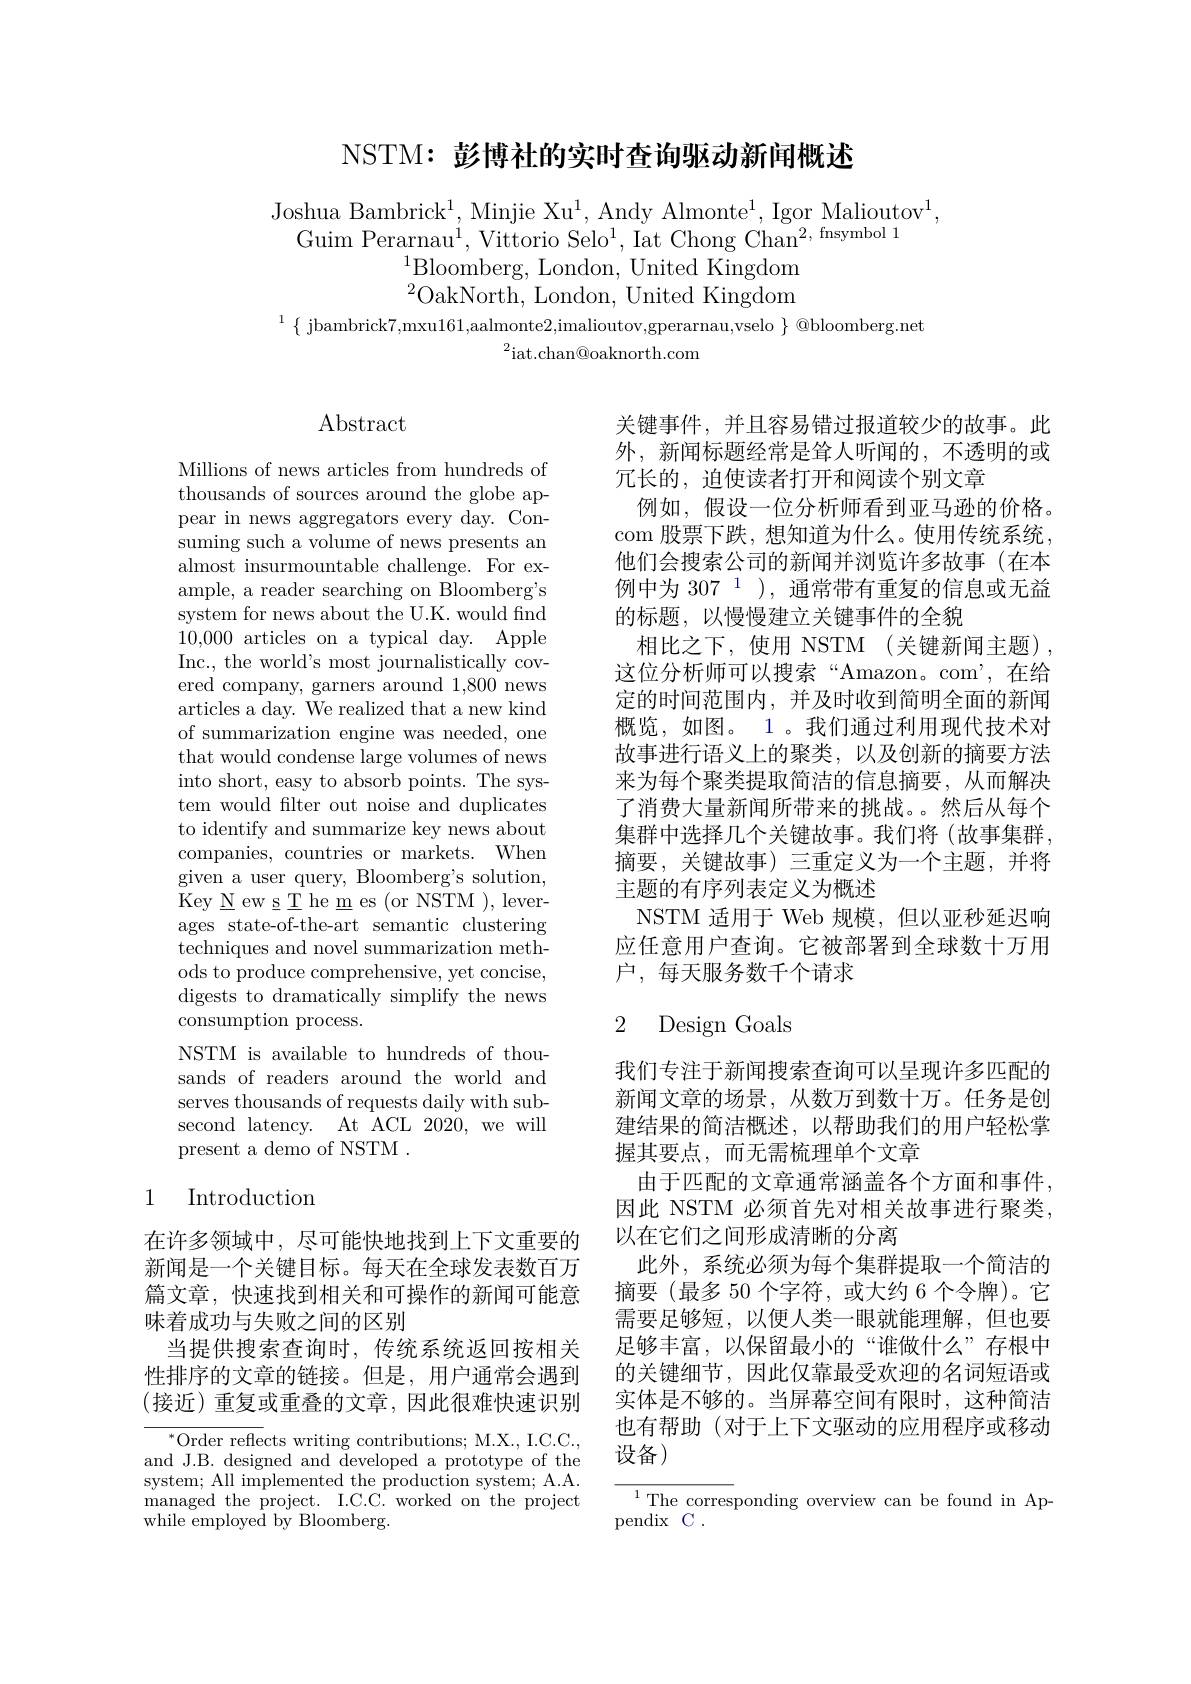
NSTM: 彭博社的实时杳询驱动新闻概述

Joshua Bambrick$^1$,Minjie Xu$^1$,Andy Almonte$^1$,Igor Malioutov$^1.$
Guim Perarnau$^1$,Vittorio Selo$^1$,Iat Chong Chan$^2$,fnsymbol 1
$^{1}$Bloomberg, London, United Kingdom $^{2}$OakNorth, London, United Kingdom
$^{1}\{$ jbambrick7,mxu161,aalmonte2,imalioutov,gperarnau,vselo $\}@$bloomberg.net

$^{2}$iat.chan@oaknorth.com

$\operatorname{Abstract}$

关键事件，并且容易错过报道较少的故事。此外，新闻标题经常是耸人听闻的，不透明的或冗长的，迫使读者打开和阅读个别文章
例如，假设一位分析师看到亚马逊的价格。com 股票下跌，想知道为什么。使用传统系统， 他们会搜索公司的新闻并浏览许多故事(在本例中为 307 1 ), 通常带有重复的信息或无益的标题，以慢慢建立关键事件的全貌
相比之下，使用 NSTM(关键新闻主题), 这位分析师可以搜索“Amazon。com’,在给定的时间范围内，并及时收到简明全面的新闻概览，如图。1。我们通过利用现代技术对故事进行语义上的聚类，以及创新的摘要方法来为每个聚类提取简洁的信息摘要，从而解决了消费大量新闻所带来的挑战。。然后从每个集群中选择几个关键故事。我们将(故事集群， 摘要，关键故事)三重定义为一个主题，并将主题的有序列表定义为概述
NSTM 适用于 Web 规模，但以亚秒延迟响应任意用户查询。它被部署到全球数十万用户，每天服务数千个请求

Millions of news articles from hundreds of thousands of sources around the globe appear in news aggregators every day. Consuming such a volume of news presents an almost insurmountable challenge. For example, a reader searching on Bloomberg's system for news about the U.K. would find 10,000 articles on a typical day. Apple Inc., the world's most journalistically covered company, garners around 1,800 news articles a day. We realized that a new kind of summarization engine was needed, one that would condense large volumes of news into short, easy to absorb points. The system would filter out noise and duplicates to identify and summarize key news about companies, countries or markets. When given a user query, Bloomberg's solution, Key $\underline {N}$ ew $\underline {s}$ $\underline {T}$ he $\underline {m}$ es ( or NSTM ) , lever- ages state-of-the-art semantic clustering techniques and novel summarization methods to produce comprehensive, yet concise, digests to dramatically simplify the news consumption process.
NSTM is available to hundreds of thousands of readers around the world and serves thousands of requests daily with subsecond latency. At ACL 2020, we will present a demo of NSTM .

# 2 Design Goals

1 Introduction

我们专注于新闻搜索查询可以呈现许多匹配的新闻文章的场景，从数万到数十万。任务是创建结果的简洁概述，以帮助我们的用户轻松掌握其要点，而无需梳理单个文章
由于匹配的文章通常涵盖各个方面和事件， 因此 NSTM 必须首先对相关故事进行聚类， 以在它们之间形成清晰的分离
此外，系统必须为每个集群提取一个简洁的摘要(最多 50 个字符，或大约 6 个令牌)。它需要足够短，以便人类一眼就能理解，但也要足够丰富，以保留最小的“谁做什么”存根中的关键细节，因此仅靠最受欢迎的名词短语或实体是不够的。当屏幕空间有限时，这种简洁也有帮助 (对于上下文驱动的应用程序或移动设备)

在许多领域中，尽可能快地找到上下文重要的新闻是一个关键目标。每天在全球发表数百万篇文章，快速找到相关和可操作的新闻可能意味着成功与失败之间的区别
当提供搜索查询时，传统系统返回按相关性排序的文章的链接。但是，用户通常会遇到(接近)重复或重叠的文章，因此很难快速识别

${^{*}\text{Order reflects writing contributions; M.X., I.C.C.,}}$ and J.B. designed and developed a prototype of the system; All implemented the production system; A.A. managed the project. I.C.C. worked on the project while employed by Bloomberg.

$\begin{array}{c}{{\overline{{^1}\text{The corres}}}\text{ponding overview can be found in Ap-}}\\{{\mathrm{pendix~C~.}}}\end{array}$